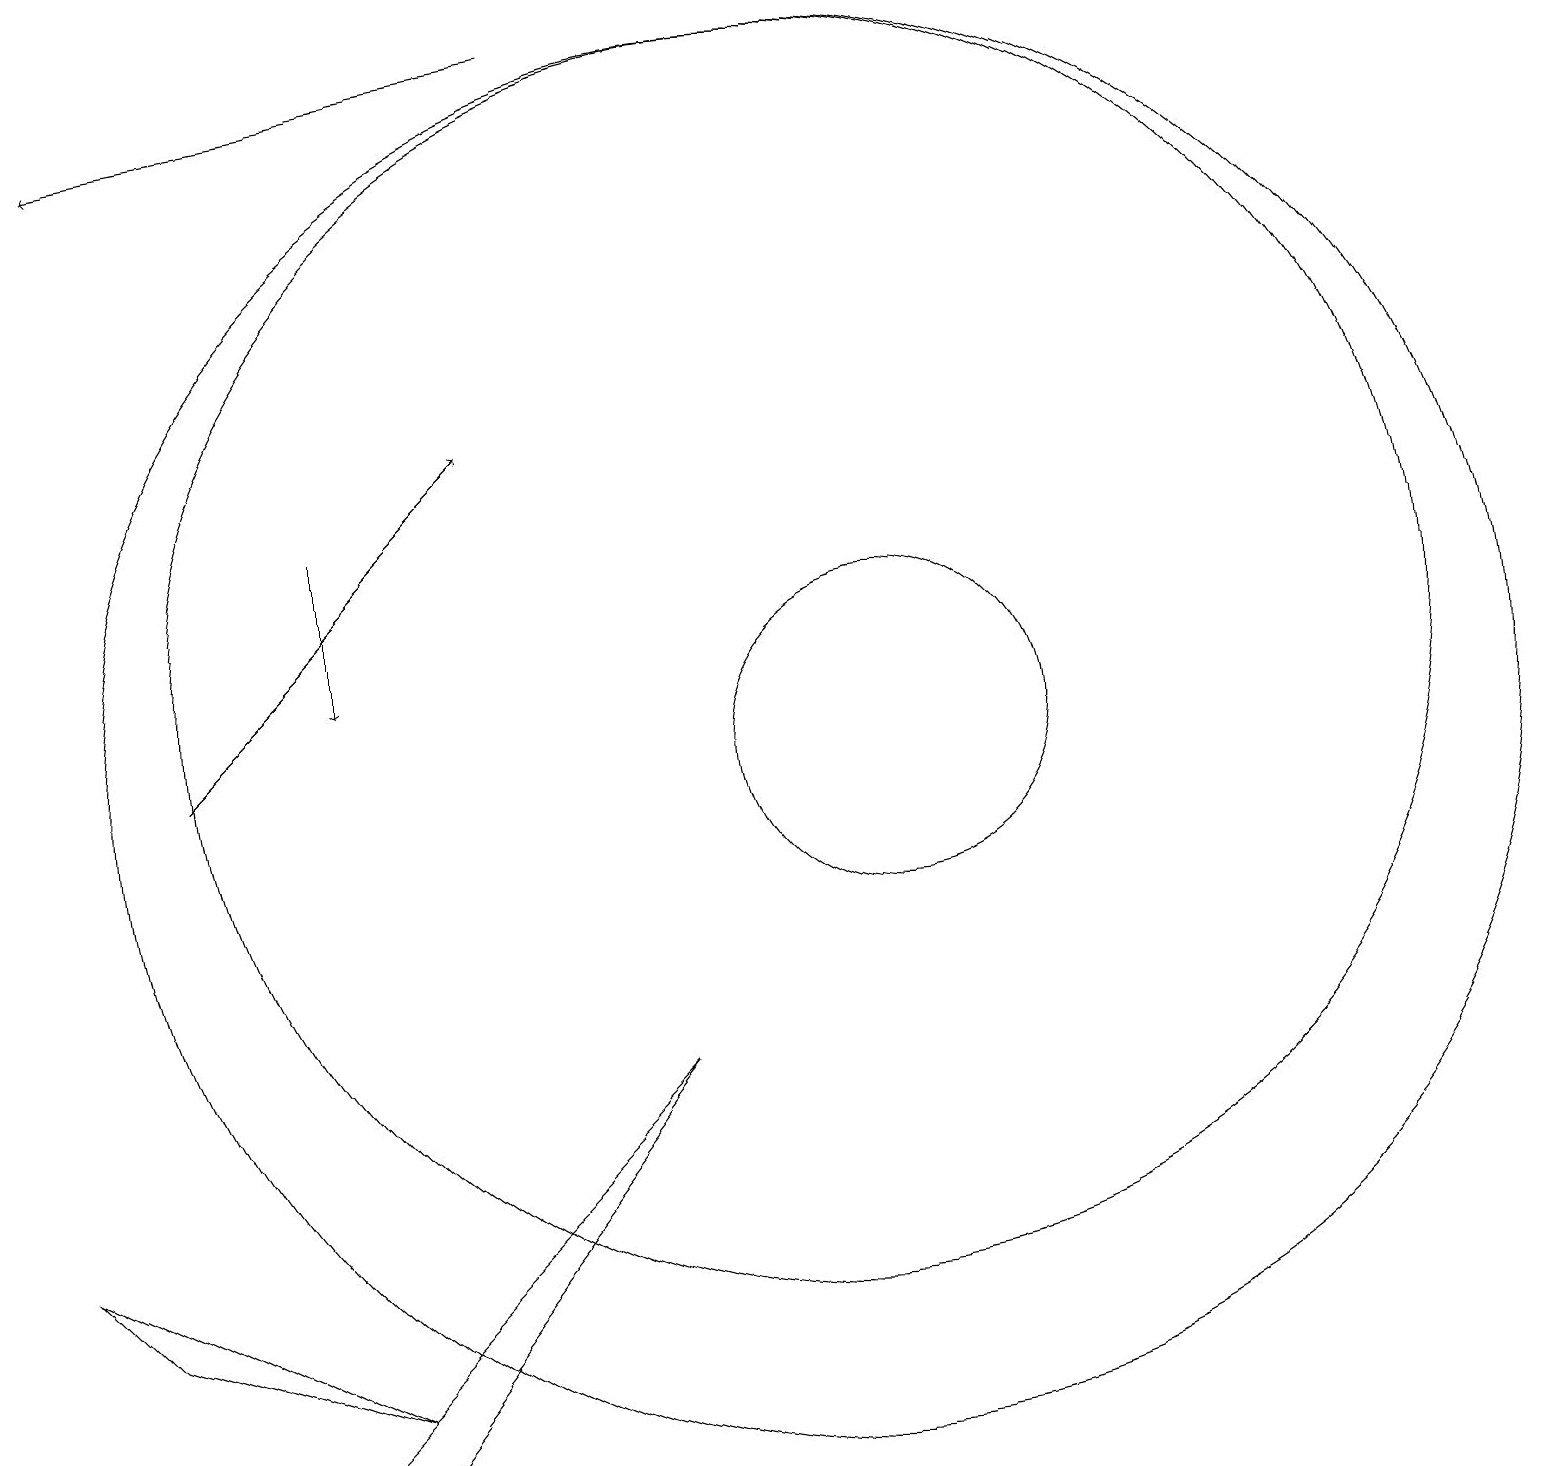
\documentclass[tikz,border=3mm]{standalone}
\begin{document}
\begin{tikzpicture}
\draw (10,11) circle (8);
\draw (3,1) -- (8,6) -- (4,1) -- cycle;
\draw (11,10) circle (2);
\draw[->] (4,13) -- (4,11);
\draw (4,2) -- (1,3) -- (0,4) -- cycle;
\draw[->] (2,10) -- (6,14);
\draw[->] (7,19) -- (1,18);
\draw (10,10) circle (9);
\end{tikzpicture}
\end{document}